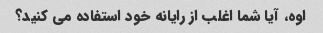
اوه، آیا شما اغلب از رایانه خود استفاده می کنید؟